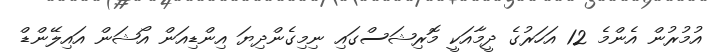
އުމުރުން އެންމެ 12 އަހަރުގެ ދީމާއަކީ މޮރިޝަސްގައި ނިމިގެންދިޔަ އިންޑިއަން އޯޝަން އައިލޭންޑް